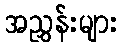
အညွှန်းများ